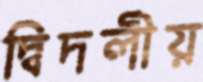
দ্বিদলীয়